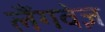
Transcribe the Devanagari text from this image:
लैंगवेज़